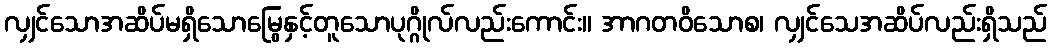
လျှင်သောအဆိပ်မရှိသောမြွေနှင့်တူသောပုဂ္ဂိုလ်လည်းကောင်း။ အာဂတဝိသောစ၊ လျှင်သေအဆိပ်လည်းရှိသည်